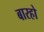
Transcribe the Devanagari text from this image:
बारहो